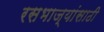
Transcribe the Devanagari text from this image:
रसभाज्यांसाठी